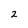
Character: 2